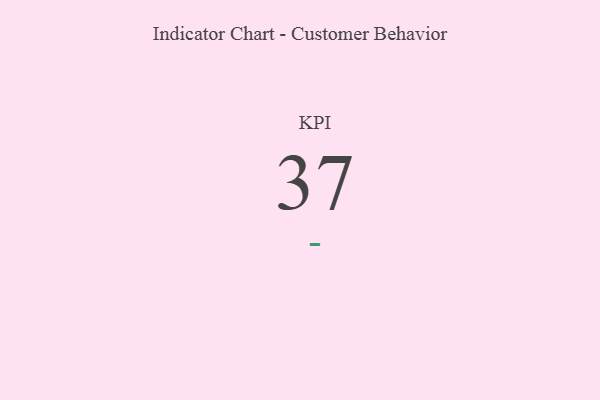
{"axis": {"x": "KPI", "y": "Value"}, "legend": [""], "data": [{"x": "KPI", "y": 37, "type": ""}]}